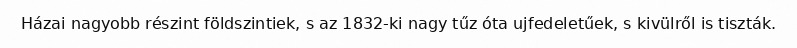
Házai nagyobb részint földszintiek, s az 1832-ki nagy tűz óta ujfedeletűek, s kivülről is tiszták.